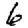
Digit: 6